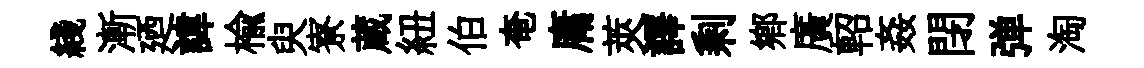
綫漸廼諱榆臾寮蔵紐伯奄庸莢譯剩郷廣軺姦閉弹淘